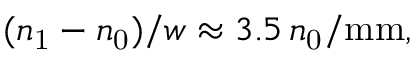
( n _ { \mathrm { 1 } } - n _ { \mathrm { 0 } } ) / w \approx 3 . 5 \, n _ { \mathrm { 0 } } / \mathrm { m m } ,